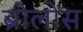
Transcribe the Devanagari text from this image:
ब्रोलोस